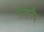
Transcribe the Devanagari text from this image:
भावनैव